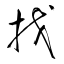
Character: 找